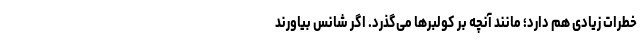
خطرات زیادی هم دارد؛ مانند آنچه بر کولبرها می‌گذرد. اگر شانس بیاورند